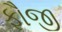
ફૌજી